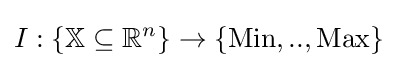
I:\{\mathbb {X} \subseteq \mathbb {R} ^{n}\}\rightarrow \{{\text{Min}},..,{\text{Max}}\}